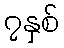
၇နှစ်